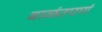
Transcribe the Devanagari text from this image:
बाळंतपणं